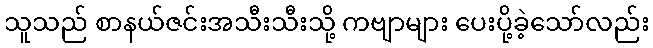
သူသည် စာနယ်ဇင်းအသီးသီးသို့ ကဗျာများ ပေးပို့ခဲ့သော်လည်း